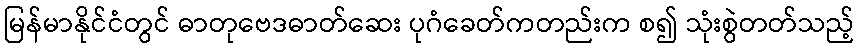
မြန်မာနိုင်ငံတွင် ဓာတုဗေဒဓာတ်ဆေး ပုဂံခေတ်ကတည်းက စ၍ သုံးစွဲတတ်သည့်